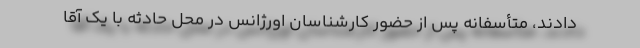
دادند، متأسفانه پس از حضور کارشناسان اورژانس در محل حادثه با یک آقا